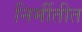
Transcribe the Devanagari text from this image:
निर्मीतीत